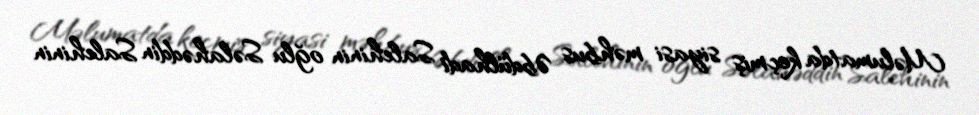
Məlumatda keçmiş siyasi məhbus Əbdülhadi Salehinin oğlu Səlahəddin Salehinin